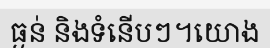
ធ្ងន់ និងទំនើបៗ។យោង